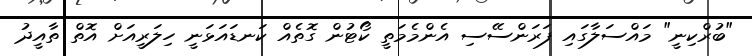
"ބުރްކިނީ" މައްސަލާގައި ފަރަންސޭސި އެންމެމަތީ ކޯޓުން ގޮތެއް ކަނޑައަޅަނީ ހިލަރީއަށް އޮތް ތާއީދު